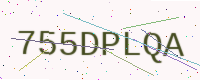
Text: 755DPLQA